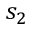
s _ { 2 }